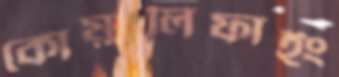
কোয়ালিফাইং